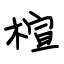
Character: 楦